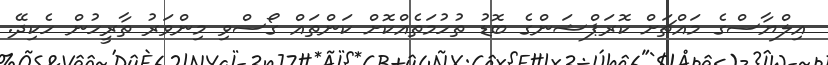
އިލްޔާސްގެ މައްޗަށް ކޮރަޕްޝަންގެ ބޮޑު ތުހުމަތެއްކޮށް ކަންތައް ގޯސްވި މިންވަރު ތާރީހުން ހެކިދޭ.